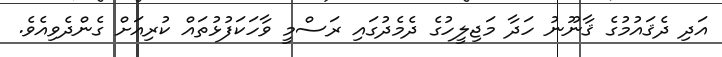
އަދި ދެޤައުމުގެ ޤާނޫނު ހަދާ މަޖިލީހުގެ ދެމެދުގައި ރަސްމީ ވާހަކަފުޅުތައް ކުރިއަށް ގެންދެވިއެވެ.